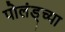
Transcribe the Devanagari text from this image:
पोलंड्च्या